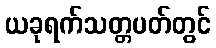
ယခုရက်သတ္တပတ်တွင်